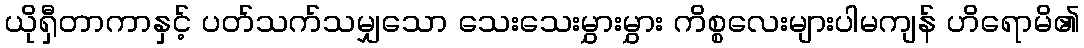
ယိုရှီတာကာနှင့် ပတ်သက်သမျှသော သေးသေးမွှားမွှား ကိစ္စလေးများပါမကျန် ဟိရောမိ၏